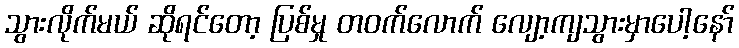
သွားလိုက်မယ် ဆိုရင်တော့ ပြစ်မှု တဝက်လောက် လျော့ကျသွားမှာပေါ့နော်